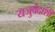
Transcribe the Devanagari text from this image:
यजुर्वेदाशी